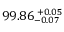
9 9 . 8 6 _ { - 0 . 0 7 } ^ { ~ \! + 0 . 0 5 }